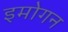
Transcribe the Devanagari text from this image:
इमोगन